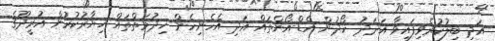
އަދި ބިލުކުރެވިފައިވާ އަދަދު ހޯދުން އެޑް-އޯންތައް އަދި އެހެނިހެން ޚިދުމަތްތައް ޚިޔާރުކުރުން އުރީދޫގެ